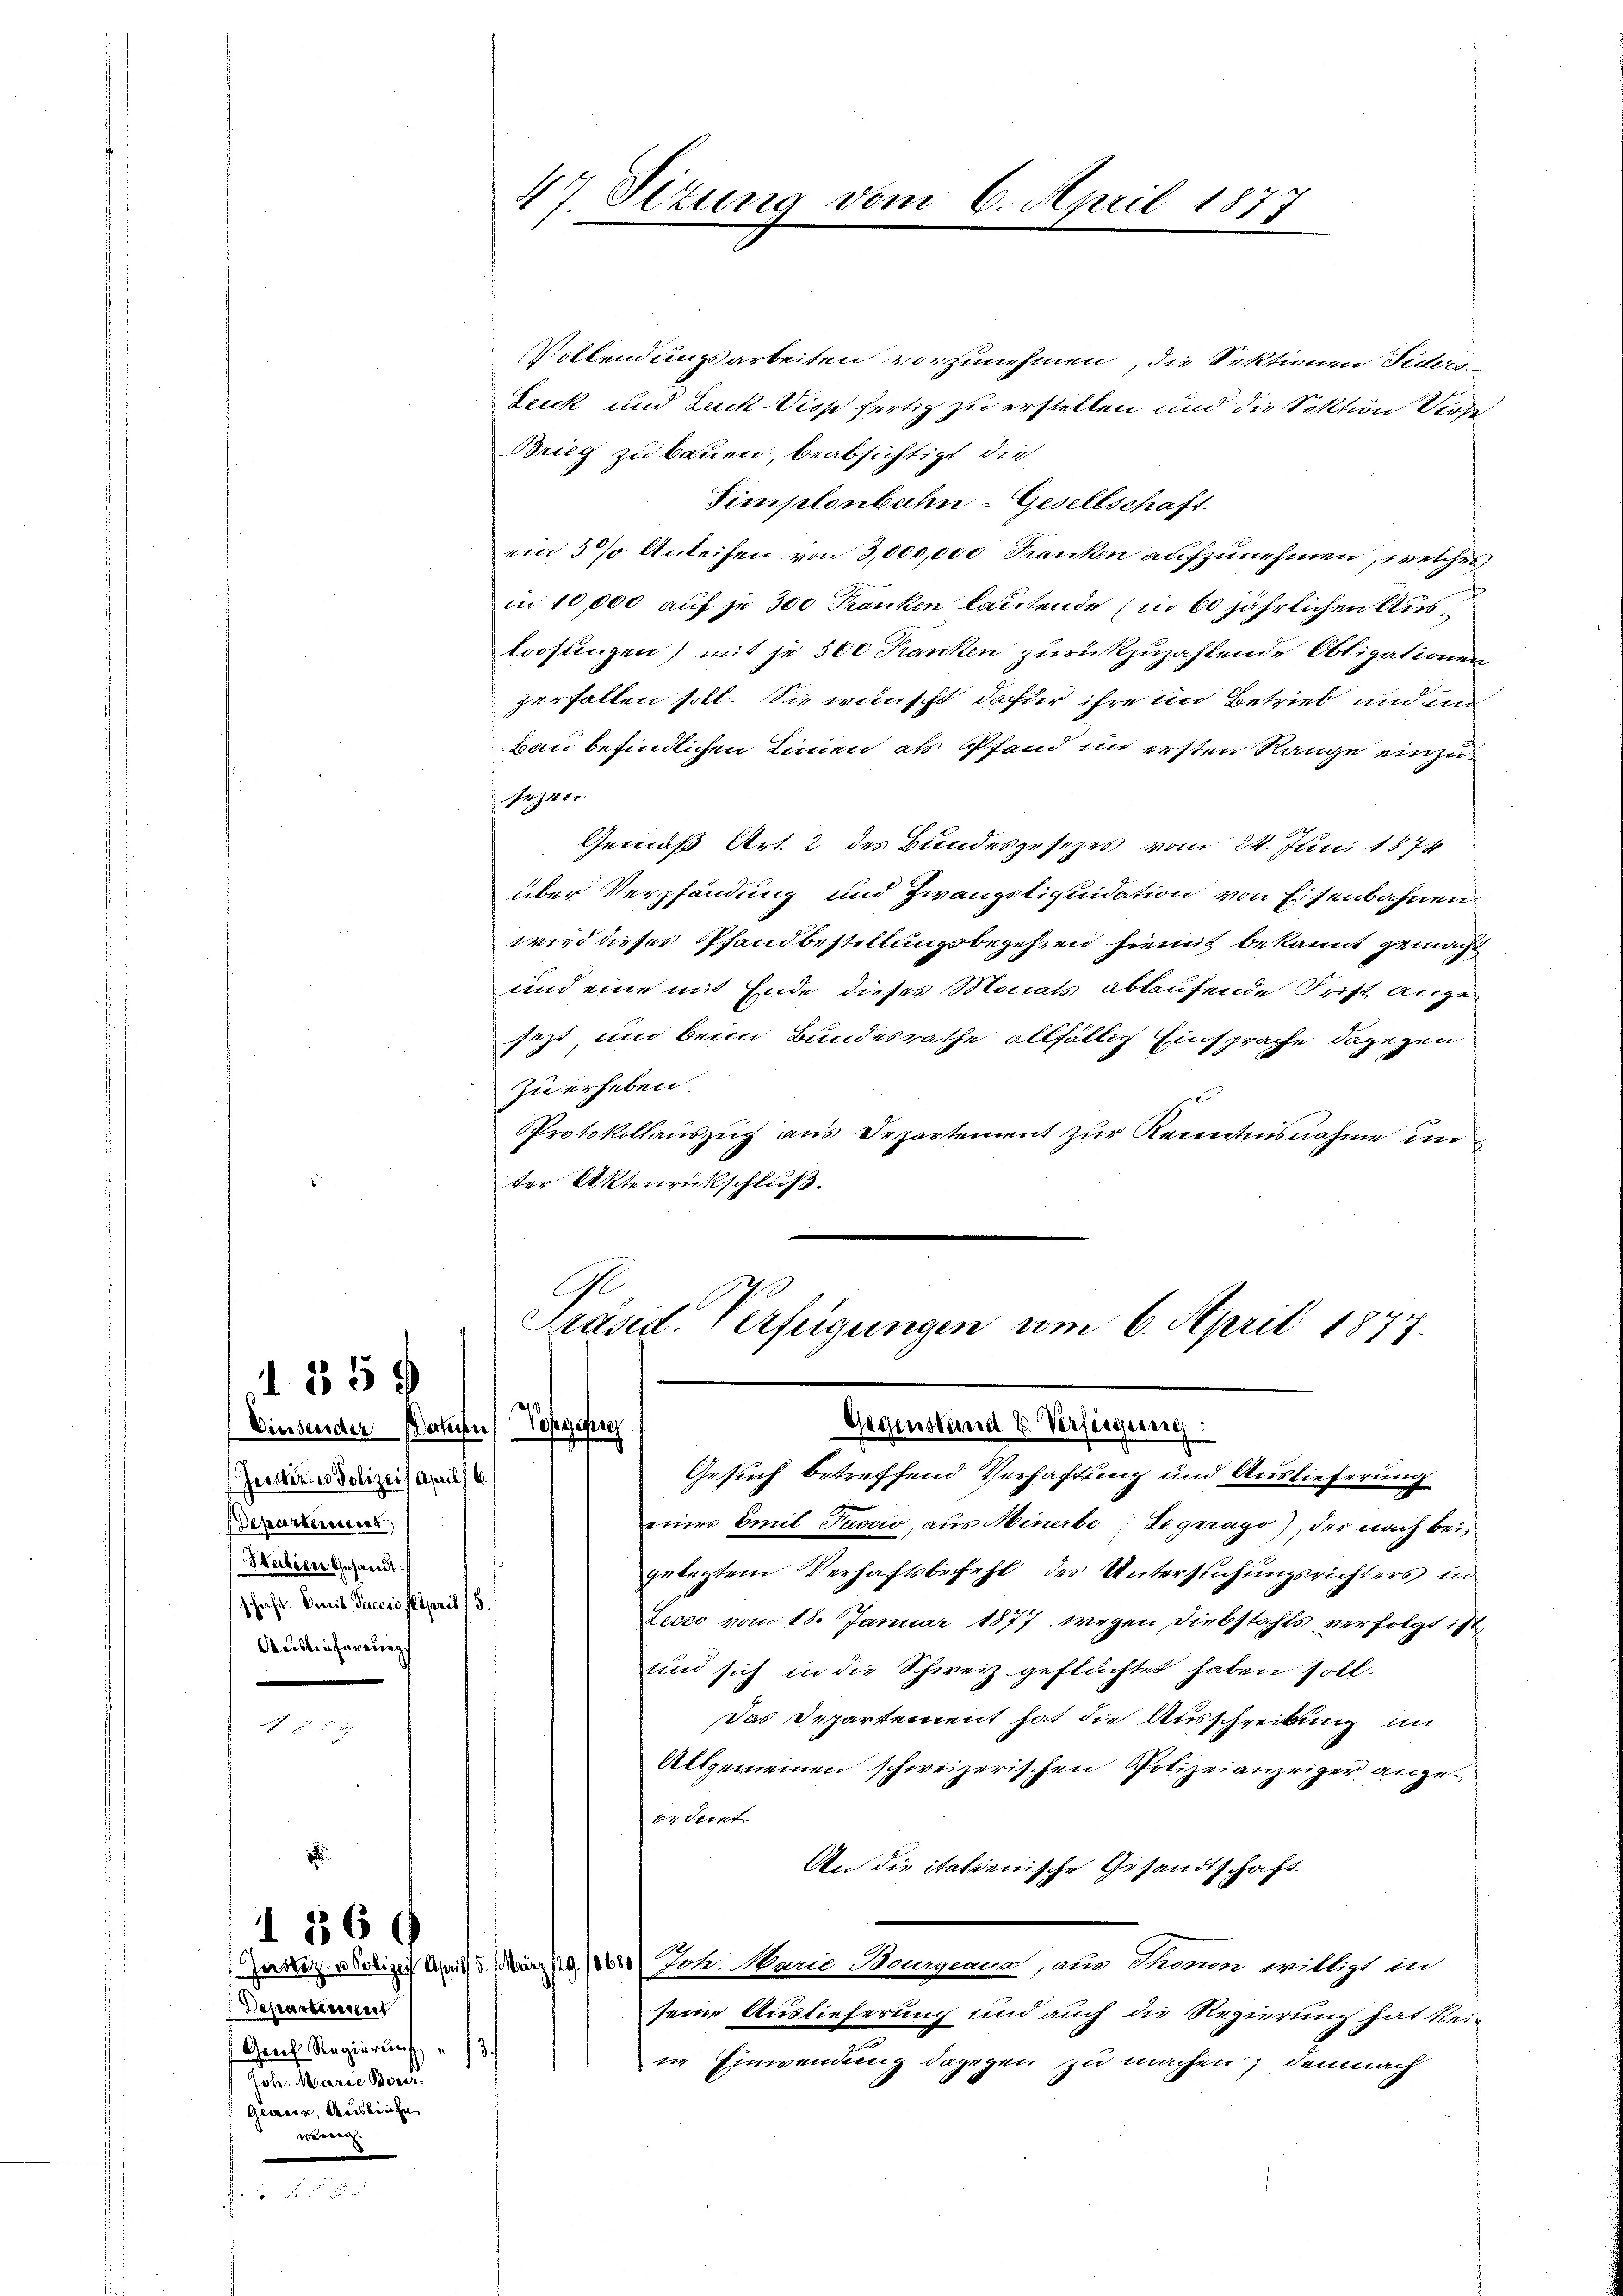
135 x

Einsender Daten ehegehre
Gerster in Polizei, April 6.
Departement
Babiere Gesandt.
schaft. Amit Fuccis Papril (3.
Adesten fernung

5

Justiz- u Polizei April 5. März
Departement
Grech Regierung " 13.
oh. Marie Borer
Gemein, Auskaufe
wären.

56 ff

47 Situng vom 6. April 1877
n

Vollendungsarbeiten vorzunehmen, die Sektionen Fiders
Leuk und Zuck-Vios fertig zu erstellen und die Sektion Viehe
Brieg zu bauen, beabsichtigt, die
Simplonbuhn-Gesellschaft.
ein 5% Anleihen von 3,000,000 Franken aufzunehmen, welches
in 10,000 auf je 300 Franken lautende (in 60 jährlichen Ausloosungen) mit je 500 Kranken zurückzuzahlende Obligationen
zerfallen soll. Sie wünscht dafür ihre in Betrieb und un
bau befindlichen Linien als Pfand in ersten Range einzun. |
Gemäß Art. 2 des Bundesgesetzes vom 24. Juni 1874
über Verpfändung und Zwangstiquidation von Eisenbahnen
wird dieses Pfandbestellungsbegehren hiemit bekannt gemacht
und eine mit Ende dieses Monats ablaufende Frist angejezt und beim Bundesrathe allfällig Einsprache dagegen
zu erheben.
PProtokollaŭszŭg ans Departement zŭr Kenntnisnahme in
ter Aktenrückschluß.

Präsid. Verfügungen vom 6. April 1877.
Gegenstand u. Verfügung:

Gesuch betreffend Verhaftung und Auslieferung
einer Emil Tascio, aus Minerbe Leguago), der nach bei,
gelegtem Verhaftsbefehl des Untersuchungsrichters in
Lecco vom 18. Januar 1877 wegen Diebstahls verfolgt ist,
und sich in die Schweiz geflüchtet haben soll.
Das Departement hat die Ausschreibung in
Allgemeinen schweizerischen Polizeianzeiger angeerdient.
An die italienische Gesandtschaft.
 Joh. Marie Bourgeaux, aus Thonen willigt in
seine Auslieferung und auch die Regierung hat keine Einwendung dagegen zu machen; demnach